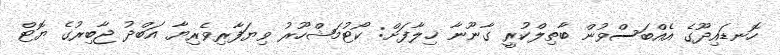
ހޮނޑައިދޫގެ އެއްބަސްވުން ބާތިލްކުރީ ގާނޫނާ ޚިލާފަށް: ކޯޓުމަޝްހޫރު ވިޔަފާރިވެރިޔާ އަބްދު ޖާބިރުގެ ޔޮޓް